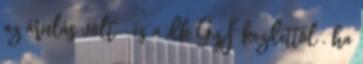
az árulás volt--és a dk GyF kezdettől , ha